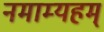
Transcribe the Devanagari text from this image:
नमाम्यहम्‌